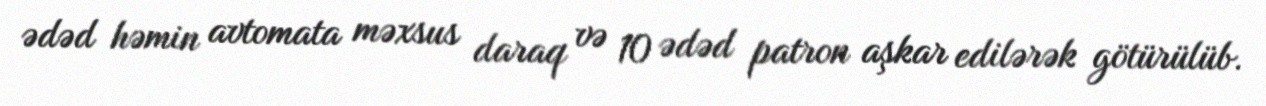
ədəd həmin avtomata məxsus daraq və 10 ədəd patron aşkar edilərək götürülüb.